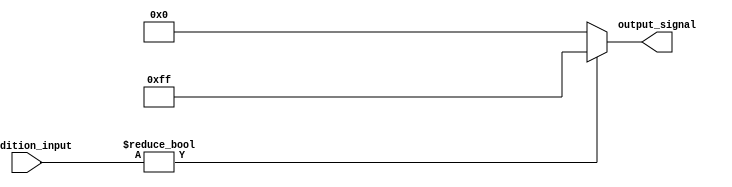
module conditional_operator_assignment (
    input wire [3:0] condition_input, // 4-bit input signal
    output reg [7:0] output_signal     // 8-bit output signal
);

    // Always block to evaluate the condition and assign output
    always @(*) begin
        // Conditional operator assignment
        output_signal = (condition_input != 4'b0000) ? 8'hFF : 8'h00;
    end

endmodule